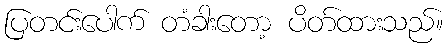
ပြတင်းပေါက် တံခါးတော့ ပိတ်ထားသည်။